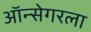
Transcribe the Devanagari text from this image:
ऑन्सेगरला